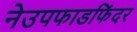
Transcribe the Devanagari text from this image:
नेउपफाडफिंदर